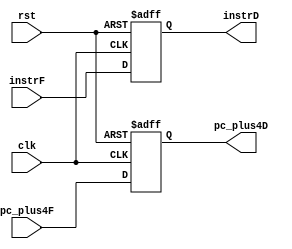
module D_Stage_Reg(
    input        clk, rst,
    input [31:0] instrF,
    input [31:0] pc_plus4F,
    
    output reg [31:0] instrD,
    output reg [31:0] pc_plus4D
    );
    
    always @ (negedge clk, posedge rst) begin
        if (rst) begin
            instrD    <= 0;
            pc_plus4D <= 0;
        end
        else begin
            instrD    <= instrF;
            pc_plus4D <= pc_plus4F;
        end
    end
    
endmodule